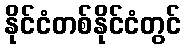
နိုင်ငံတစ်နိုင်ငံတွင်